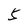
Character: 5